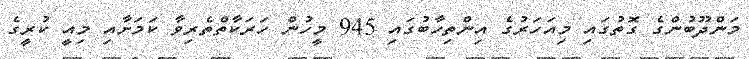
މަންދޫބުންގެ ގޮތުގައި މިއަހަރުގެ އިންތިހާބުގައި 945 މީހުން ހަރަކާތްތެރިވާ ކަމަށާއި މިއީ ކުރީގެ